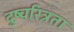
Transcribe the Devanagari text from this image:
दुष्चरित्रता